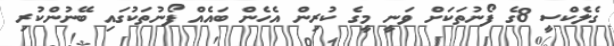
ގެލެކްސީ 8ގެ ފޯނުތަކަށް ވަނީ މީގެ ކުރިން އެހެން ބައެއް ފޯނުތަކުގައި ބޭނުންކުރި